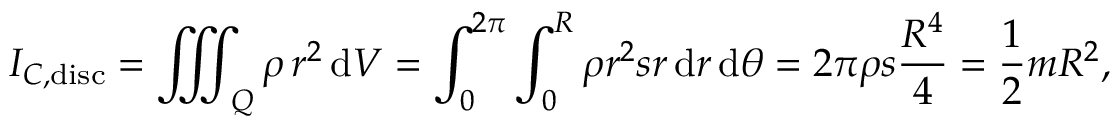
I _ { C , { \mathrm { d i s c } } } = \iiint _ { Q } \rho \, r ^ { 2 } \, \mathrm { d } V = \int _ { 0 } ^ { 2 \pi } \int _ { 0 } ^ { R } \rho r ^ { 2 } s r \, \mathrm { d } r \, \mathrm { d } \theta = 2 \pi \rho s { \frac { R ^ { 4 } } { 4 } } = { \frac { 1 } { 2 } } m R ^ { 2 } ,